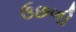
ઉછળી